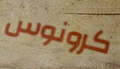
كرونوس